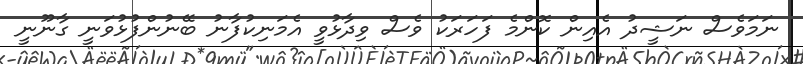
ނަމަވެސް ނަޝީދު އެއިން ކޮންމެ ފަހަރަކު ވެސް ވިދާޅުވީ އެމަނިކުފާނު ބޭނުންފުޅުވަނީ ގާނޫނީ